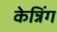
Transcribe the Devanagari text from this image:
केन्निंग